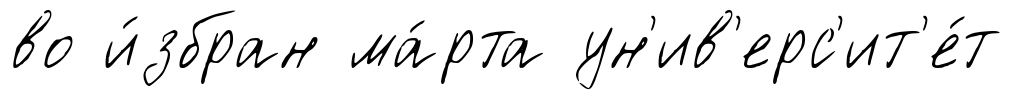
во и́збран ма́рта ун'ив'ерс'ит'е́т